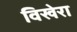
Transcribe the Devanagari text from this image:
विखेरा